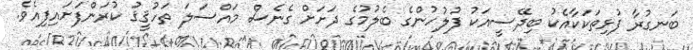
ބަނގުރާ ފުޅިތަކަކާއެކު ބިދޭސީއަކު ފުލުހުންގެ ބެލުމުގެ ދަށަށް ގެނެސް މައްސަލަ ތަހުޤީޤު ކުރަންފަށައިފިއެވެ.